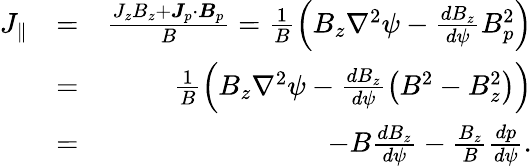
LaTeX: \begin{array}{rlr}{J_{\parallel}}&{=}&{\frac{J_{z}B_{z}+\boldsymbol{J}_{p}\cdot\boldsymbol{B}_{p}}{B}=\frac{1}{B}\left(B_{z}\nabla^{2}\psi-\frac{dB_{z}}{d\psi}B_{p}^{2}\right)}\\ &{=}&{\frac{1}{B}\left(B_{z}\nabla^{2}\psi-\frac{dB_{z}}{d\psi}\left(B^{2}-B_{z}^{2}\right)\right)}\\ &{=}&{-B\frac{dB_{z}}{d\psi}-\frac{B_{z}}{B}\frac{dp}{d\psi}.}\end{array}